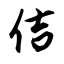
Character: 佶